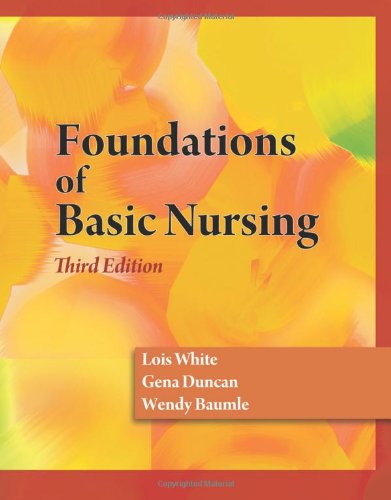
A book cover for Foundations of Basic Nursing; Lois White; Medical Books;